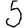
Digit: 5